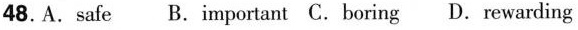
48. A. safe B. important C. boring D. rewarding